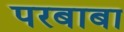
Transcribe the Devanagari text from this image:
परबाबा